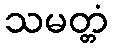
သမတ္တံ